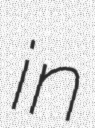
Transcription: in